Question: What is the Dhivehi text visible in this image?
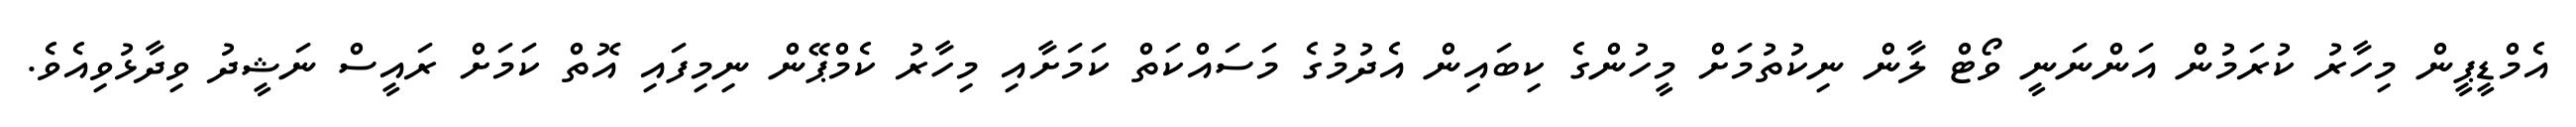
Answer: އެމްޑީޕީން މިހާރު ކުރަމުން އަންނަނީ ވޯޓް ލާން ނިކުތުމަށް މީހުންގެ ކިބައިން އެދުމުގެ މަސައްކަތް ކަމަށާއި މިހާރު ކެމްޕޭން ނިމިފައި އޮތް ކަމަށް ރައީސް ނަޝީދު ވިދާޅުވިއެވެ.